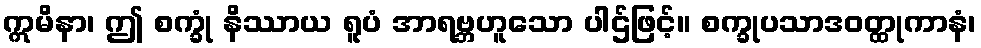
ဣမိနာ၊ ဤ စက္ခုံ နိဿာယ ရူပံ အာရဗ္ဘဟူသော ပါဌ်ဖြင့်။ စက္ခုပသာဒဝတ္ထုကာနံ၊